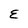
Character: E